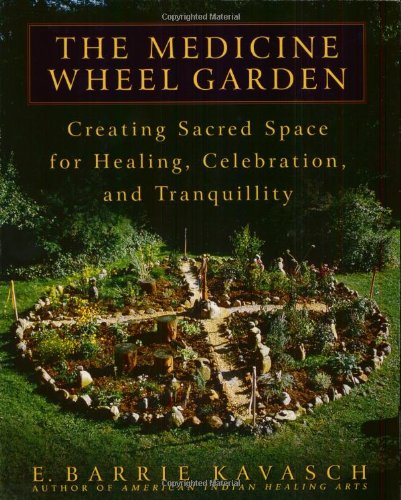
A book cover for The Medicine Wheel Garden: Creating Sacred Space for Healing, Celebration, and Tranquillity; E. Barrie Kavasch; Crafts, Hobbies & Home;